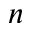
n